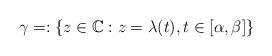
LaTeX: \begin{align*}\gamma=:\{z\in\mathbb{C}:z=\lambda(t),t\in\lbrack\alpha,\beta]\}\end{align*}